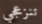
تنزعجي